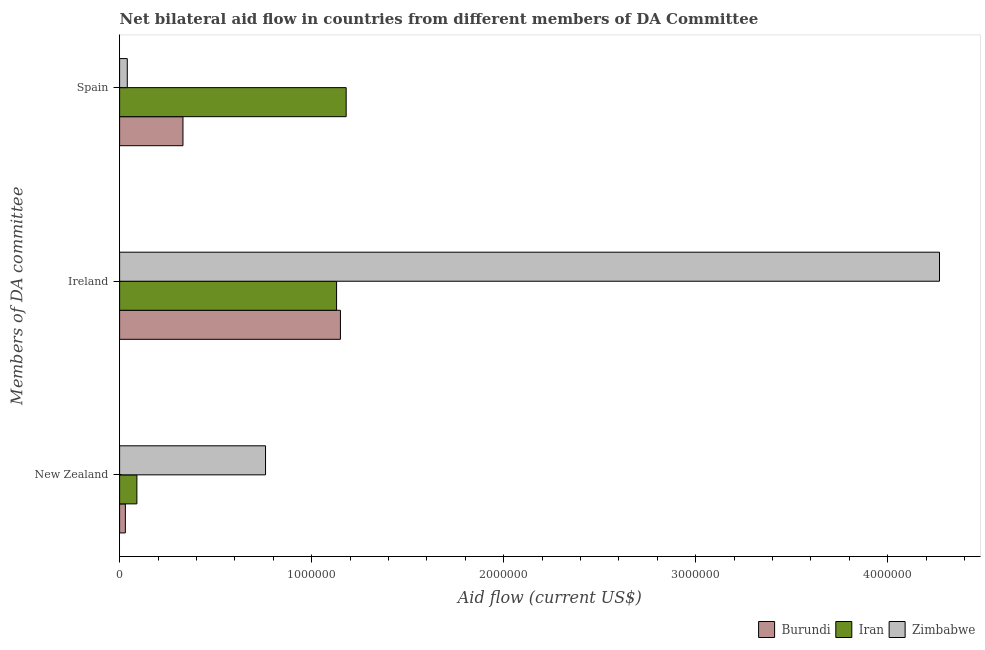
| Members of DA committee | Burundi | Iran | Zimbabwe |
 | --- | --- | --- | --- |
 | New Zealand | 3e+04 | 9e+04 | 7.6e+05 |
 | Ireland | 1.15e+06 | 1.13e+06 | 4.27e+06 |
 | Spain | 3.3e+05 | 1.18e+06 | 4e+04 |